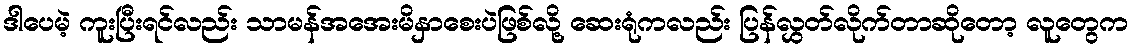
ဒါပေမဲ့ ကူးပြီးရင်လည်း သာမန်အအေးမိနှာစေးပဲဖြစ်လို့ ဆေးရုံကလည်း ပြန်လွှတ်လိုက်တာဆိုတော့ လူတွေက